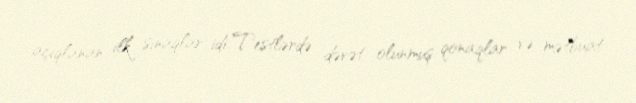
açıqlanan ilk sınaqlar idi. Testlərdə dəvət olunmuş qonaqlar və mətbuat